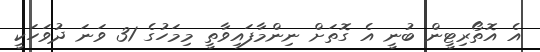
އެ އޮތޯރިޓީން ބުނީ އެ ގޮތަށް ނިންމާފައިވާތީ މިމަހުގެ 31 ވަނަ ދުވަހަކީ